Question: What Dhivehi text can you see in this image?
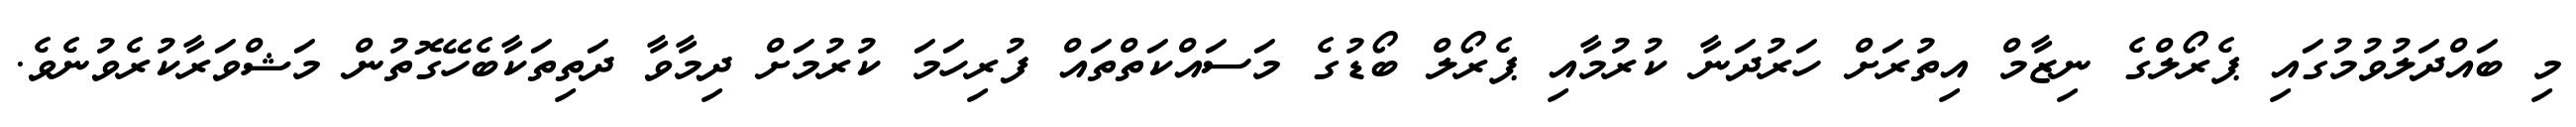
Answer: މި ބައްދަލުވުމުގައި ޕެރޯލްގެ ނިޒާމް އިތުރަށް ހަރުދަނާ ކުރުމާއި ޕެރޯލް ބޯޑުގެ މަސައްކަތްތައް ފުރިހަމަ ކުރުމަށް ދިމާވާ ދަތިތަކާބެހޭގޮތުން މަޝްވަރާކުރެވުނެވެ.